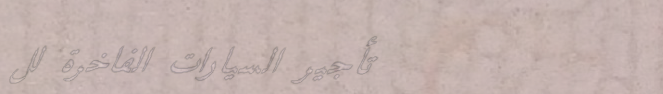
تأجير السيارات الفاخرة لل